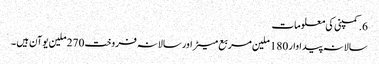
6.کمپنی کی معلومات
سالانہ پیداوار 180 ملین مربع میٹر اور سالانہ فروخت 270 ملین یوآن ہیں ۔